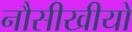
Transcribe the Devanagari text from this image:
नौसीखीयों